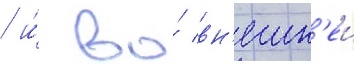
/ и́ во́ вн'ешн'еи